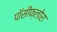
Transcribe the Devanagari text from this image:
पॉसीफ्लोरा